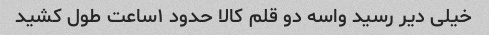
خیلی دیر رسید واسه دو قلم کالا حدود ۱ساعت طول کشید